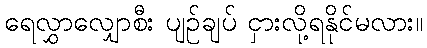
ရေလွှာလျှောစီး ပျဉ်ချပ် ငှားလို့ရနိုင်မလား။